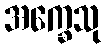
အက္ခေသု